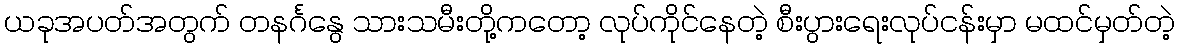
ယခုအပတ်အတွက် တနင်္ဂနွေ သားသမီးတို့ကတော့ လုပ်ကိုင်နေတဲ့ စီးပွားရေးလုပ်ငန်းမှာ မထင်မှတ်တဲ့